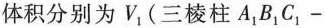
体积分别为V_{1}(三棱柱A_{1}B_{1}C_{1}-